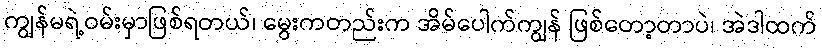
ကျွန်မရဲ့ဝမ်းမှာဖြစ်ရတယ်၊ မွေးကတည်းက အိမ်ပေါက်ကျွန် ဖြစ်တော့တာပဲ၊ အဲဒါထက်